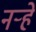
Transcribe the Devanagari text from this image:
नर्‍हे